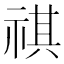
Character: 祺